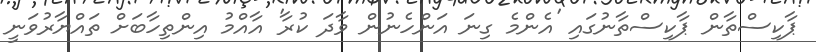
ޕާކިސްތާން ޕާކިސްތާނުގައި 'އެންމެ ގިނަ އަންހެނުން ވާދަ ކުރާ' އާއްމު އިންތިހާބަށް ތައްޔާރުވަނީ